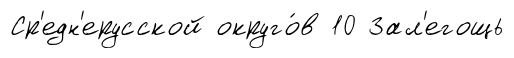
Ср'едн'ерусской округо́в 10 Зал'егощь